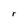
Character: r